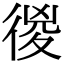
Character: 㣭